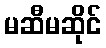
မဆီမဆိုင်